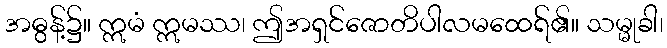
အဓွန့်၌။ ဣမံ ဣမဿ၊ ဤအရှင်ဇောတိပါလမထေရ်၏။ သမ္မုခါ၊